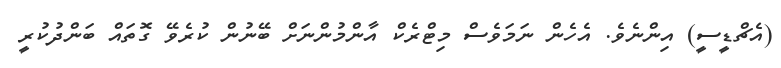
(އެޗްޑީސީ) އިންނެވެ. އެހެން ނަމަވެސް މިޓްރެކް އާންމުންނަށް ބޭނުން ކުރެވޭ ގޮތައް ބަންދުކުރީ